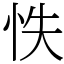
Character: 怢